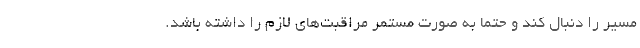
مسیر را دنبال کند و حتما به صورت مستمر مراقبت‌های لازم را داشته باشد.